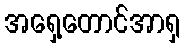
အရှေ့တောင်အာရှ